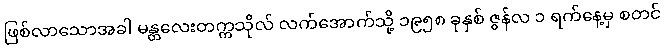
ဖြစ်လာသောအခါ မန္တလေးတက္ကသိုလ် လက်အောက်သို့ ၁၉၅၈ ခုနှစ် ဇွန်လ ၁ ရက်နေ့မှ စတင်